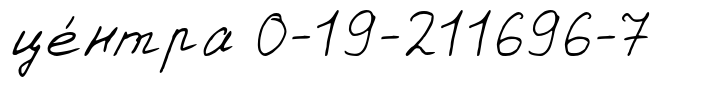
це́нтра 0-19-211696-7